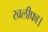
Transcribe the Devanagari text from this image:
खलीफा।